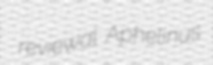
reviewal Aphelinus